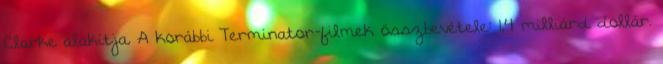
Clarke alakítja. A korábbi Terminator-filmek összbevétele: 1,4 milliárd dollár.